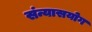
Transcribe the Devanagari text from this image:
संन्यासयोग